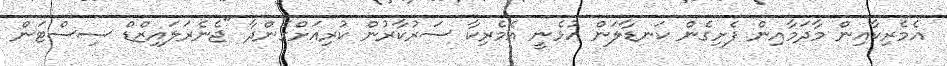
އެމެރިކާއިން މާދަމާއިން ފެށިގެން ކަނޑާލަން އުޅެނީ އެމެރިކާ ސަރުކާރުން ކުރިއަށްގެންދާ "ޖެނެރަލައިޒްޑް ސިސްޓަން